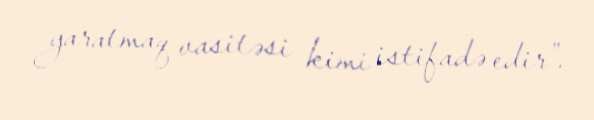
yaratmaq vasitəsi kimi istifadə edir”.